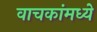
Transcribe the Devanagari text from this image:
वाचकांमध्ये